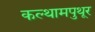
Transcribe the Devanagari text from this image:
कल्थामपुथूर